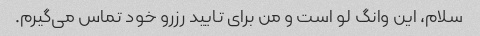
سلام، این وانگ لو است و من برای تایید رزرو خود تماس می‌گیرم.